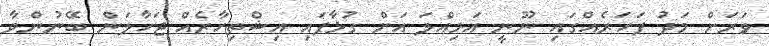
ވަރަށް މަދު ފަހަރެއްގައި ނޫނީ އަމިއްލަ އަށް ގުޅާފައި އިޝްތިހާރެއް ޖަހާލަން ބޭނުންވާ